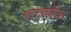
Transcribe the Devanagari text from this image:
भारताकरिता